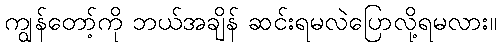
ကျွန်တော့်ကို ဘယ်အချိန် ဆင်းရမလဲပြောလို့ရမလား။